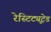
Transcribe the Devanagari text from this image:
रेस्टिट्यूटेड